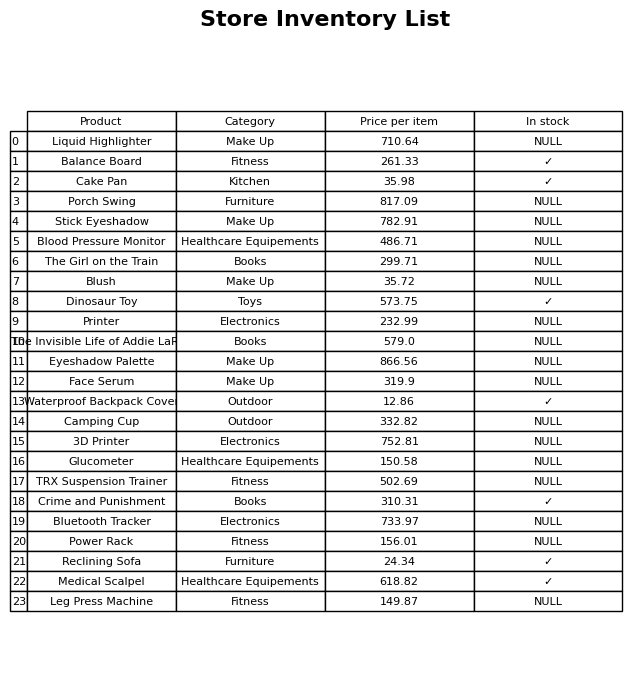
question: What is the stock status of the Porch Swing?
answer: NULL